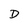
Character: D